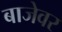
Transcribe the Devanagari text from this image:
बाजेवर